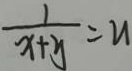
\frac { 1 } { x + y } = 2 1